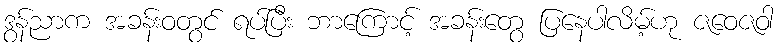
ဒွန်ညာက အခန်းဝတွင် ရပ်ပြီး ဘာကြောင့် အခန်းတွေ ပြနေပါလိမ့်ဟု ဇဝေဇဝါ